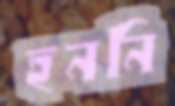
হননি